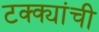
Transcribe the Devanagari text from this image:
टक्क्यांची